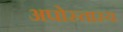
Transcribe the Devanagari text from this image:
अपोस्तास्य